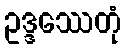
ဥဒ္ဒဿေတုံ